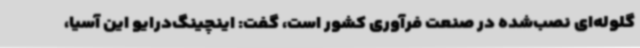
گلوله‌ای نصب‌شده در صنعت فرآوری کشور است، گفت: اینچینگ‌درایو این آسیا،